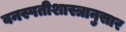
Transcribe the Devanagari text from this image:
वनस्पतीशास्त्रानुसार